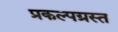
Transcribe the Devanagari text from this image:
प्रकल्पग्रस्त